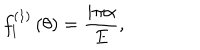
f _ { l } ^ { \left( 1 \right) } \left( \theta \right) = \frac { i \pi \alpha } { E } , \qquad